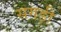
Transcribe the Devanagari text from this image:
सगड़ी